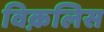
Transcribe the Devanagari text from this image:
विक़लिस